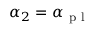
\alpha _ { 2 } = \alpha _ { \mathrm { ~ p ~ l ~ } }